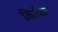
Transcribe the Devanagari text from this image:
विर्तक